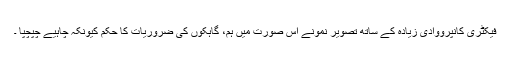
فیکٹری کانپرووادی زیادہ کے ساتھ تصویر نمونے اس صورت میں ہم، گاہکوں کی ضروریات کا حکم کیونکہ چاہیے چپچپا ۔